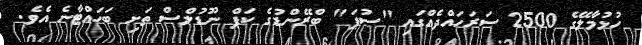
ހުޅުމާލޭގެ 2500 ސަރަހައްދެއްގައި "ސުޕަ" ބްރޭންޑުގެ ކަޕް ނޫޑުލްސް ތަށި ބަހައްޓާނެ އެވެ.